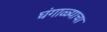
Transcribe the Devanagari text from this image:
घंगाळ्याचा